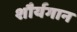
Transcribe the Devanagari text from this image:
शौर्यगान